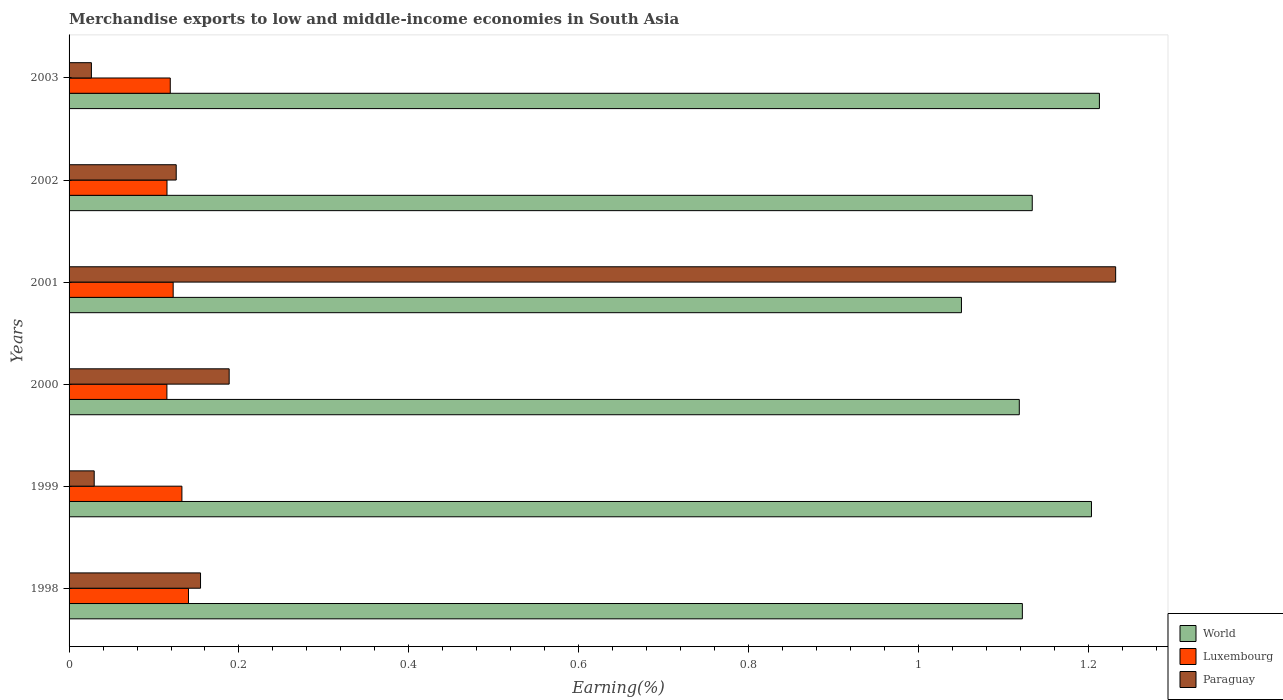
| Years | World | Luxembourg | Paraguay |
 | --- | --- | --- | --- |
 | 1998 | 1.12 | 0.141 | 0.155 |
 | 1999 | 1.2 | 0.133 | 0.0296 |
 | 2000 | 1.12 | 0.115 | 0.188 |
 | 2001 | 1.05 | 0.123 | 1.23 |
 | 2002 | 1.13 | 0.115 | 0.126 |
 | 2003 | 1.21 | 0.119 | 0.0263 |